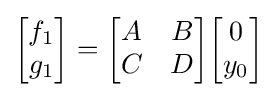
{\begin{bmatrix}f_{1}\\g_{1}\end{bmatrix}}={\begin{bmatrix}A&B\\C&D\end{bmatrix}}{\begin{bmatrix}0\\y_{0}\end{bmatrix}}